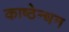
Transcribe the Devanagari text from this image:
काष्ठेन्धन